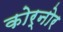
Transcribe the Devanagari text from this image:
कोर्नोर